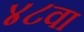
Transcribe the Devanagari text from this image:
४८वा